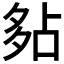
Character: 𡖞